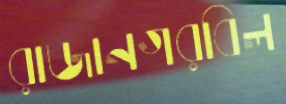
রাজানগরবিল